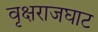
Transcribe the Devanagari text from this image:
वृक्षराजघाट